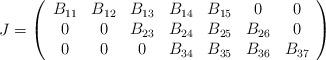
LaTeX: \begin{align*}J=\left (\begin{array}{ccccccc} B_{11} & B_{12} & B_{13} & B_{14} & B_{15} & 0 & 0\\0 & 0 & B_{23} & B_{24} & B_{25} & B_{26} & 0\\0 & 0 & 0 & B_{34} & B_{35} & B_{36} & B_{37}\end{array}\right)\end{align*}